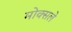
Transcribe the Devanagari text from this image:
मोक्सले